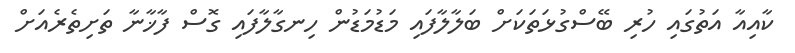
ކާއިއާ އަތުގައި ހުރި ބޭސްގުޅަތަކަށް ބަލާލާފައި މަޑުމަޑުން ހިނގާލާފައި ގޮސް ފާޚާނާ ތަށިތެރެއަށް